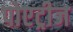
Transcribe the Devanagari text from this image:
पोएट्रीज